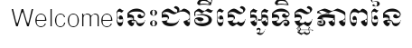
Welcomeនេះជាវីដេអូទិដ្ឋភាពនៃ